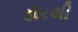
ડૉરથી